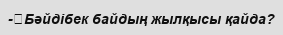
-	Бәйдібек байдың жылқысы қайда?